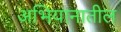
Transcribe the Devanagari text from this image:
अभियानातील